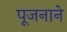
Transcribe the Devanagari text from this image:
पूजनाने